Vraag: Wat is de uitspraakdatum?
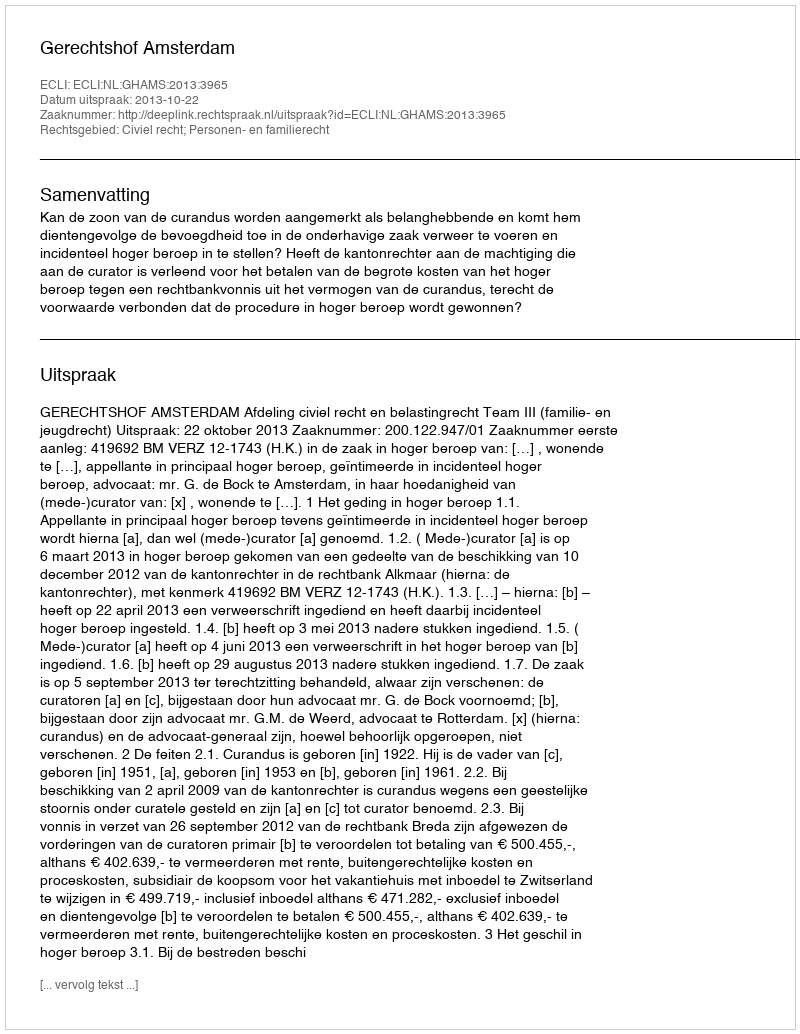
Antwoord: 2013-10-22